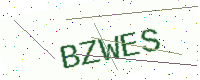
Text: BZWES